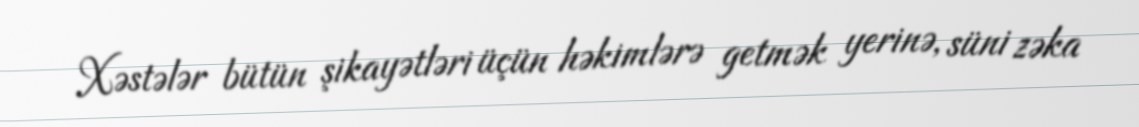
Xəstələr bütün şikayətləri üçün həkimlərə getmək yerinə, süni zəka